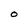
Character: O